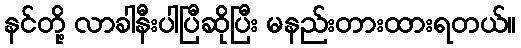
နင်တို့ လာခါနီးပါပြီဆိုပြီး မနည်းတားထားရတယ်။